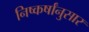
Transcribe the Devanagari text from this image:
निष्कर्षांनुसार